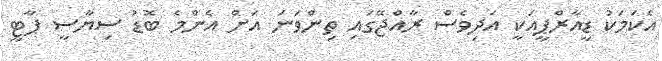
އެކަމަކު ޑީއާރްޕީއަކީ އަދިވެސް ރާއްޖޭގައި ތިންވަނަ އަށް އެންމެ ބޮޑު ސިޔާސީ ޕާޓީ